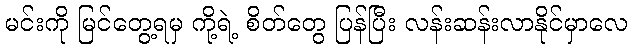
မင်းကို မြင်တွေ့ရမှ ကို့ရဲ့ စိတ်တွေ ပြန်ပြီး လန်းဆန်းလာနိုင်မှာလေ